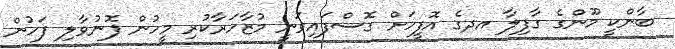
ބާންކީ މޫންގެ ގާފިލާ އދގެ އޮފީހަށް ގޮސްފައިވަނީ މުޒާހަރާކުރި މީހުން ފޮނުވާލި ފަހުން